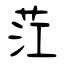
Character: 茳